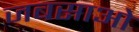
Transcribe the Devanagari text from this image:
जबसाओ